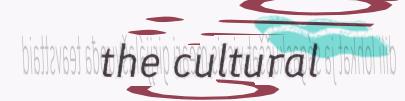
the cultural